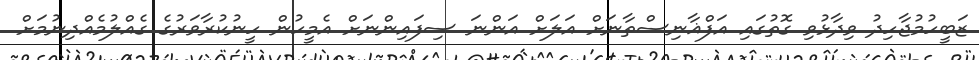
ޒަބީހުމުޖާހިދު ވިދާޅުވި ގޮތުގައި އަފްޣާނިސްތާނަށް އަލަށް އަންނަ ސިފައިންނަށް އެމީހުން ހީނުކުރާވަރުގެ ގެއްލުމެއްދިނުމަށް